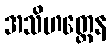
အသိဟတ္ထေန